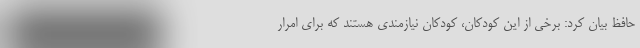
حافظ بیان کرد: برخی از این کودکان، کودکان نیازمندی هستند که برای امرار